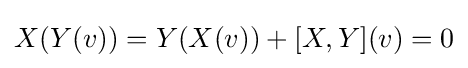
X(Y(v))=Y(X(v))+[X,Y](v)=0